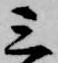
三